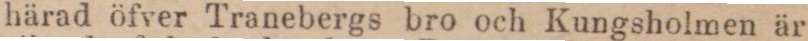
härad öfver Tranebergs bro och Kungsholmen är